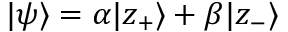
| \psi \rangle = \alpha | z _ { + } \rangle + \beta | z _ { - } \rangle